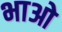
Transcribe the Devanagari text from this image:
भाओ